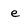
Character: e